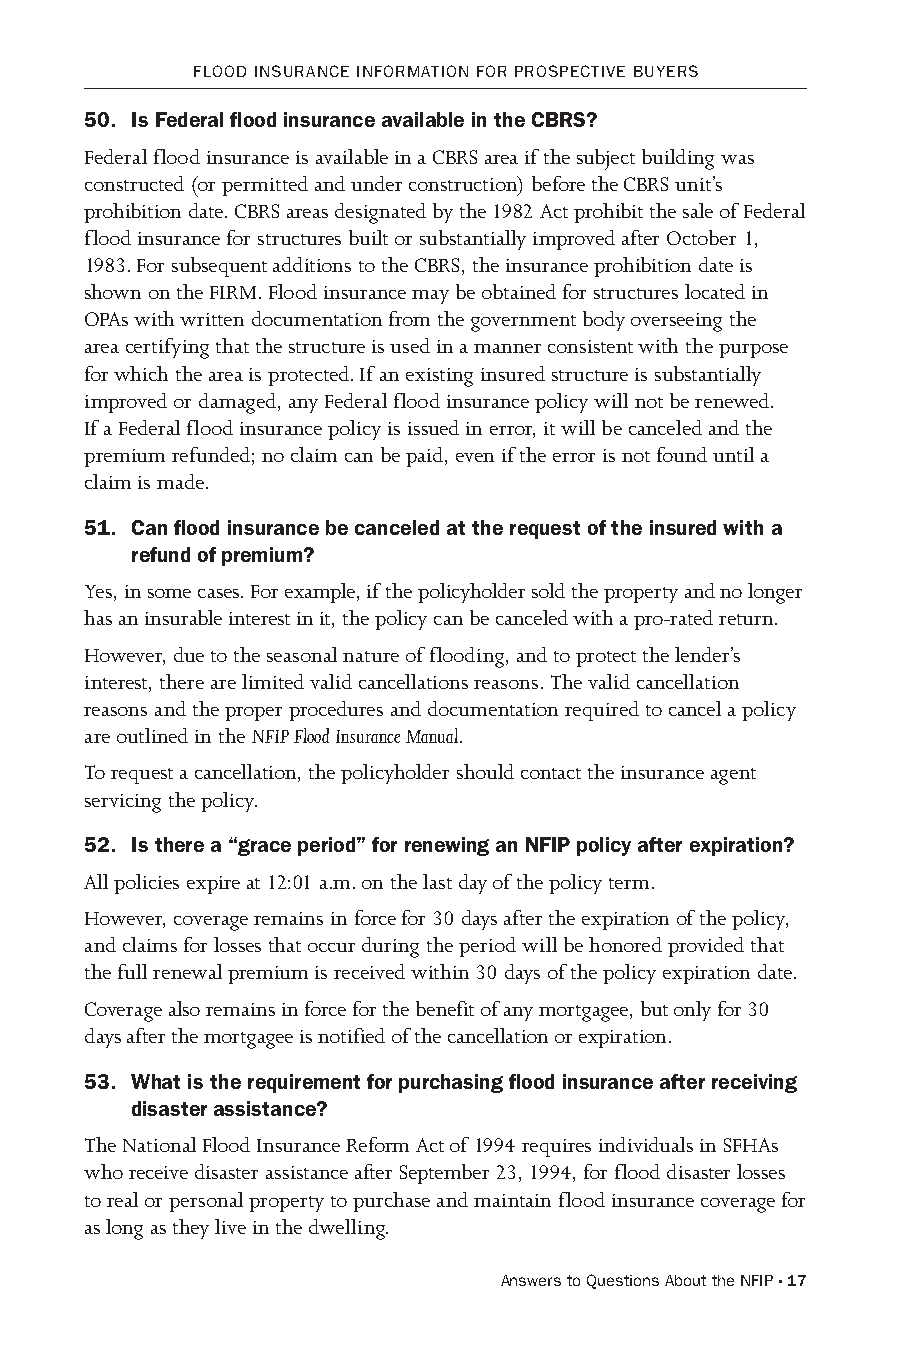
FLooD INsuRANCE INFoRMATIoN FoR PRosPECTIvE BuYERs
 50. Is Federal flood insurance available in the CBRS?
 Federal flood insurance is available in a CBRS area if the subject building was
 constructed (or permitted and under construction) before the CBRS unit’s
 prohibition date. CBRS areas designated by the 1982 Act prohibit the sale of Federal
 flood insurance for structures built or substantially improved after October 1,
 1983. For subsequent additions to the CBRS, the insurance prohibition date is
 shown on the FIRM. Flood insurance may be obtained for structures located in
 OPAs with written documentation from the government body overseeing the
 area certifying that the structure is used in a manner consistent with the purpose
 for which the area is protected. If an existing insured structure is substantially
 improved or damaged, any Federal flood insurance policy will not be renewed.
 If a Federal flood insurance policy is issued in error, it will be canceled and the
 premium refunded; no claim can be paid, even if the error is not found until a
 claim is made.
 51. Can flood insurance be canceled at the request of the insured with a
 refund of premium?
 Yes, in some cases. For example, if the policyholder sold the property and no longer
 has an insurable interest in it, the policy can be canceled with a pro-rated return.
 However, due to the seasonal nature of flooding, and to protect the lender’s
 interest, there are limited valid cancellations reasons. The valid cancellation
 reasons and the proper procedures and documentation required to cancel a policy
 are outlined in the NFIP Flood Insurance Manual.
 To request a cancellation, the policyholder should contact the insurance agent
 servicing the policy.
 52. Is there a “grace period” for renewing an NFIP policy after expiration?
 All policies expire at 12:01 a.m. on the last day of the policy term.
 However, coverage remains in force for 30 days after the expiration of the policy,
 and claims for losses that occur during the period will be honored provided that
 the full renewal premium is received within 30 days of the policy expiration date.
 Coverage also remains in force for the benefit of any mortgagee, but only for 30
 days after the mortgagee is notified of the cancellation or expiration.
 53. What is the requirement for purchasing flood insurance after receiving
 disaster assistance?
 The National Flood Insurance Reform Act of 1994 requires individuals in SFHAs
 who receive disaster assistance after September 23, 1994, for flood disaster losses
 to real or personal property to purchase and maintain flood insurance coverage for
 as long as they live in the dwelling.
 Answers to Questions About the NFIP · 17